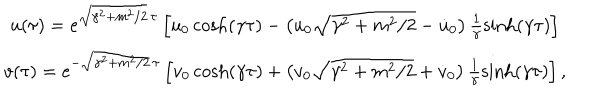
LaTeX: \begin{array} { c } { { u ( \tau ) = e ^ { \sqrt { \gamma ^ { 2 } + m ^ { 2 } / 2 } \, \tau } \left[ u _ { 0 } \cosh ( \gamma \tau ) - \left( u _ { 0 } \sqrt { \gamma ^ { 2 } + m ^ { 2 } / 2 } - \dot { u } _ { 0 } \right) \frac 1 \gamma \sinh ( \gamma \tau ) \right] } } \\ { { v ( \tau ) = e ^ { - \sqrt { \gamma ^ { 2 } + m ^ { 2 } / 2 } \, \tau } \left[ v _ { 0 } \cosh ( \gamma \tau ) + \left( v _ { 0 } \sqrt { \gamma ^ { 2 } + m ^ { 2 } / 2 } + \dot { v } _ { 0 } \right) \frac 1 \gamma \sinh ( \gamma \tau ) \right] , } } \\ \end{array}